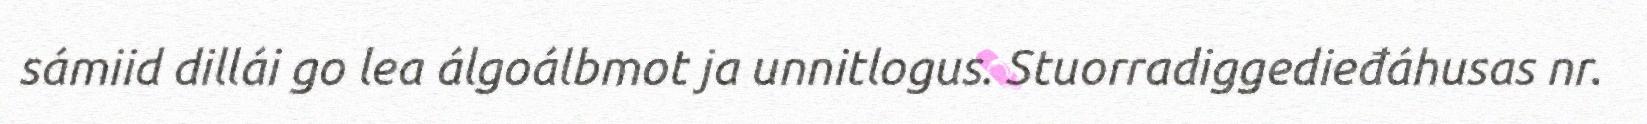
sámiid dillái go lea álgoálbmot ja unnitlogus. Stuorradiggedieđáhusas nr.